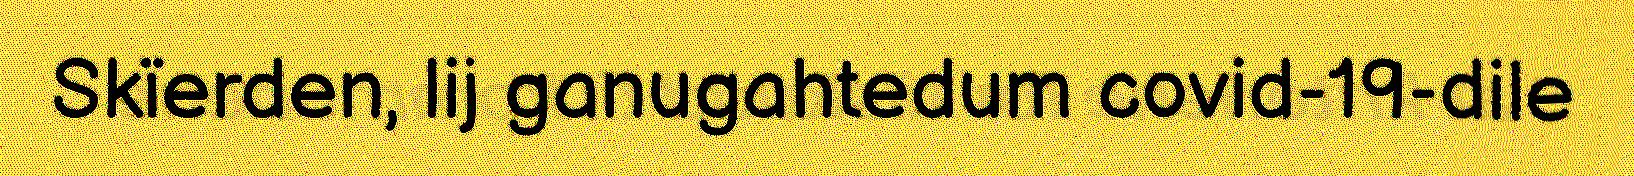
Skïerden, lij ganugahtedum covid-19-dile